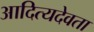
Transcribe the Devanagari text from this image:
आदित्यदेवता